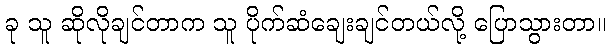
ခု သူ ဆိုလိုချင်တာက သူ ပိုက်ဆံချေးချင်တယ်လို့ ပြောသွားတာ။